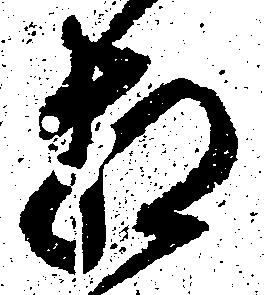
相